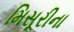
મિસૂરીના